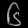
Digit: ၆